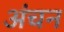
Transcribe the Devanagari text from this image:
अंचन